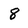
Character: 8